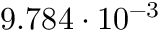
9 . 7 8 4 \cdot 1 0 ^ { - 3 }